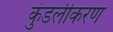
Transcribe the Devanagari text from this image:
कुंडलीकरण